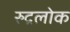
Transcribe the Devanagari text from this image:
रुद्रलोक